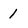
Character: 1